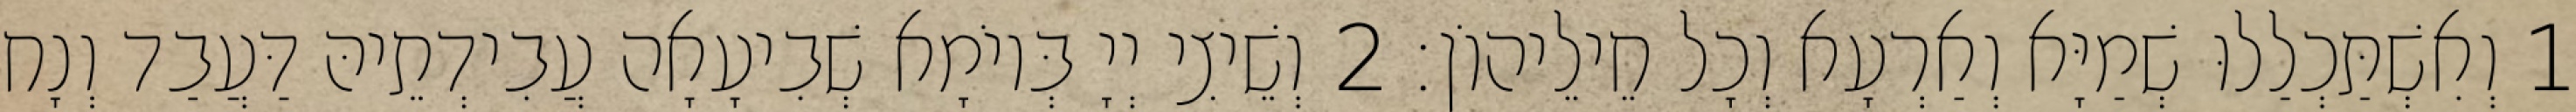
1 וְאִשְׁתַּכְלַלוּ שְׁמַיָּא וְאַרְעָא וְכָל חֵילֵיהוֹן׃ 2 וְשֵׁיצִי יְיָ בְּיוֹמָא שְׁבִיעָאָה עֲבִידְתֵיהּ דַּעֲבַד וְנָח